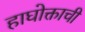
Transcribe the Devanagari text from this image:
हाघोक्ताची